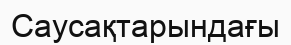
Саусақтарындағы